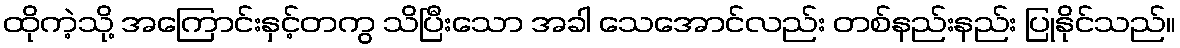
ထိုကဲ့သို့ အကြောင်းနှင့်တကွ သိပြီးသော အခါ သေအောင်လည်း တစ်နည်းနည်း ပြုနိုင်သည်။